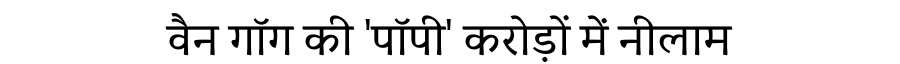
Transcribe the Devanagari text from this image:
वैन गॉग की 'पॉपी' करोड़ों में नीलाम